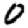
Digit: 0